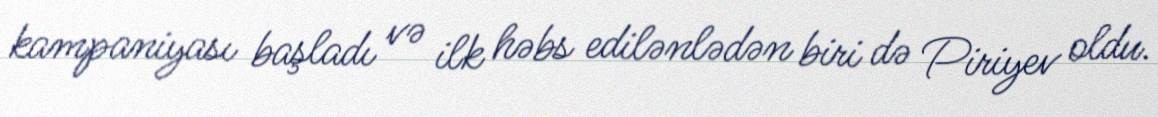
kampaniyası başladı və ilk həbs edilənlədən biri də Piriyev oldu.